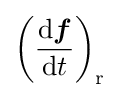
\left({\frac {\mathrm {d} {\boldsymbol {f}}}{\mathrm {d} t}}\right)_{\mathrm {r} }